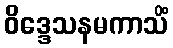
ဝိဒ္ဒေသနမကာသိံ